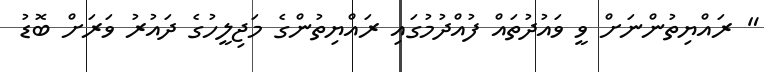
" ރައްޔިތުންނަށް ވީ ވައުދުތައް ފުއްދުމުގައި ރައްޔިތުންގެ މަޖިލީހުގެ ދައުރު ވަރަށް ބޮޑު